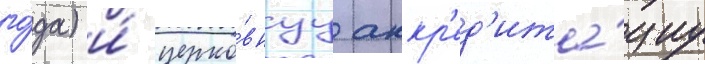
го́да) и́ церко́внуу аккр'ед'ита́циу